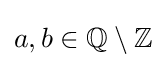
a,b\in \mathbb {Q} \setminus \mathbb {Z}